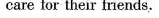
care for their friends.